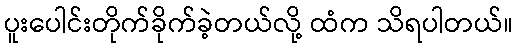
ပူးပေါင်းတိုက်ခိုက်ခဲ့တယ်လို့ ထံက သိရပါတယ်။